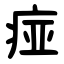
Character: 痖